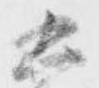
五